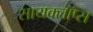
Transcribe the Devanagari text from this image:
सायक्लॉप्स